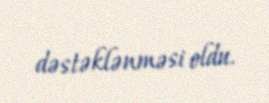
dəstəklənməsi oldu.